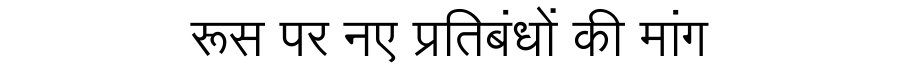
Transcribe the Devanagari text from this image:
रूस पर नए प्रतिबंधों की मांग